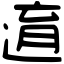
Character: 逳